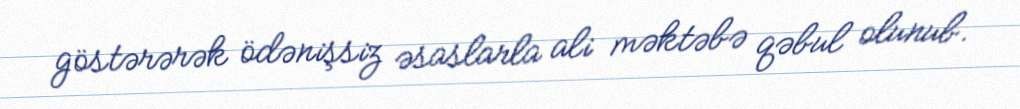
göstərərək ödənişsiz əsaslarla ali məktəbə qəbul olunub.